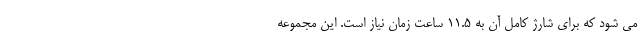
می شود که برای شارژ کامل آن به 11.5 ساعت زمان نیاز است. این مجموعه